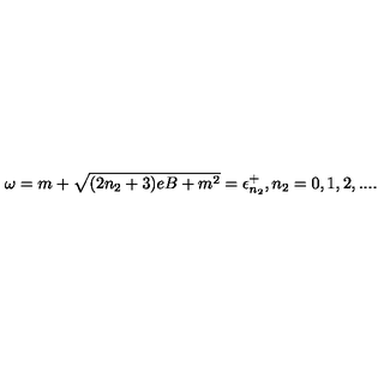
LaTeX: \omega = m + \sqrt { ( 2 n _ { 2 } + 3 ) e B + m ^ { 2 } } = \epsilon _ { n _ { 2 } } ^ { + } , n _ { 2 } = 0 , 1 , 2 , . . . .